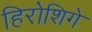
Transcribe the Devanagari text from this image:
हिरोशिगे